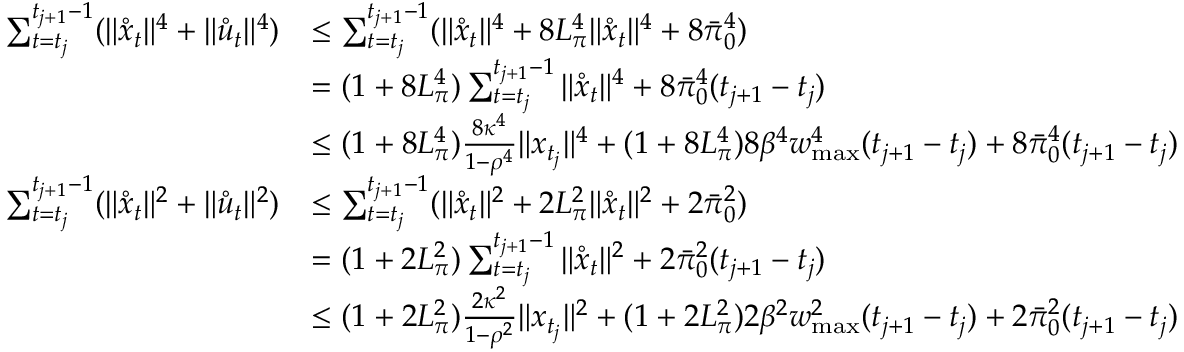
\begin{array} { r l } { \sum _ { t = t _ { j } } ^ { t _ { j + 1 } - 1 } ( \| \mathring x _ { t } \| ^ { 4 } + \| \mathring u _ { t } \| ^ { 4 } ) } & { \leq \sum _ { t = t _ { j } } ^ { t _ { j + 1 } - 1 } ( \| \mathring x _ { t } \| ^ { 4 } + 8 L _ { \pi } ^ { 4 } \| \mathring x _ { t } \| ^ { 4 } + 8 \bar { \pi } _ { 0 } ^ { 4 } ) } \\ & { = ( 1 + 8 L _ { \pi } ^ { 4 } ) \sum _ { t = t _ { j } } ^ { t _ { j + 1 } - 1 } \| \mathring x _ { t } \| ^ { 4 } + 8 \bar { \pi } _ { 0 } ^ { 4 } ( t _ { j + 1 } - t _ { j } ) } \\ & { \leq ( 1 + 8 L _ { \pi } ^ { 4 } ) \frac { 8 \kappa ^ { 4 } } { 1 - \rho ^ { 4 } } \| x _ { t _ { j } } \| ^ { 4 } + ( 1 + 8 L _ { \pi } ^ { 4 } ) 8 \beta ^ { 4 } w _ { \operatorname* { m a x } } ^ { 4 } ( t _ { j + 1 } - t _ { j } ) + 8 \bar { \pi } _ { 0 } ^ { 4 } ( t _ { j + 1 } - t _ { j } ) } \\ { \sum _ { t = t _ { j } } ^ { t _ { j + 1 } - 1 } ( \| \mathring x _ { t } \| ^ { 2 } + \| \mathring u _ { t } \| ^ { 2 } ) } & { \leq \sum _ { t = t _ { j } } ^ { t _ { j + 1 } - 1 } ( \| \mathring x _ { t } \| ^ { 2 } + 2 L _ { \pi } ^ { 2 } \| \mathring x _ { t } \| ^ { 2 } + 2 \bar { \pi } _ { 0 } ^ { 2 } ) } \\ & { = ( 1 + 2 L _ { \pi } ^ { 2 } ) \sum _ { t = t _ { j } } ^ { t _ { j + 1 } - 1 } \| \mathring x _ { t } \| ^ { 2 } + 2 \bar { \pi } _ { 0 } ^ { 2 } ( t _ { j + 1 } - t _ { j } ) } \\ & { \leq ( 1 + 2 L _ { \pi } ^ { 2 } ) \frac { 2 \kappa ^ { 2 } } { 1 - \rho ^ { 2 } } \| x _ { t _ { j } } \| ^ { 2 } + ( 1 + 2 L _ { \pi } ^ { 2 } ) 2 \beta ^ { 2 } w _ { \operatorname* { m a x } } ^ { 2 } ( t _ { j + 1 } - t _ { j } ) + 2 \bar { \pi } _ { 0 } ^ { 2 } ( t _ { j + 1 } - t _ { j } ) } \end{array}